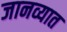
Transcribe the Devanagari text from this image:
जानव्यात